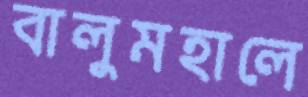
বালুমহালে